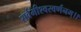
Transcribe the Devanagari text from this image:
सर्वमीश्वरवर्णनम्।।